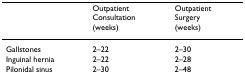
<table><thead><tr><td></td><td><b>Outpatient Consultation (weeks)</b></td><td><b>Outpatient Surgery (weeks)</b></td></tr></thead><tbody><tr><td>Gallstones</td><td>2–22</td><td>2–30</td></tr><tr><td>Inguinal hernia</td><td>2–22</td><td>2–28</td></tr><tr><td>Pilonidal sinus</td><td>2–30</td><td>2–48</td></tr></tbody></table>